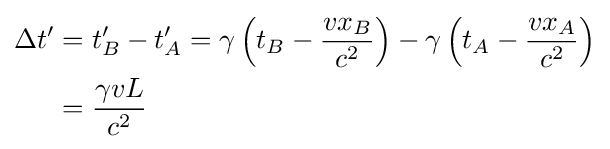
{\begin{aligned}\Delta t'&=t'_{B}-t'_{A}=\gamma \left(t_{B}-{\frac {vx_{B}}{c^{2}}}\right)-\gamma \left(t_{A}-{\frac {vx_{A}}{c^{2}}}\right)\\&={\frac {\gamma vL}{c^{2}}}\end{aligned}}